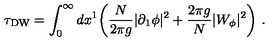
\tau _ { \mathrm { D W } } = \int _ { 0 } ^ { \infty } d x ^ { 1 } \biggl ( \frac { N } { 2 \pi g } | \partial _ { 1 } \phi | ^ { 2 } + \frac { 2 \pi g } { N } | W _ { \phi } | ^ { 2 } \biggr ) \ .